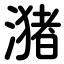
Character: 潴